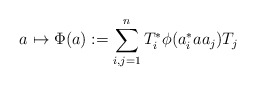
\begin{align*} a \mapsto \Phi(a) := \sum_{i,j=1}^n T_i^\ast \phi(a_i^\ast a a_j) T_j\end{align*}